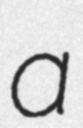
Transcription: a